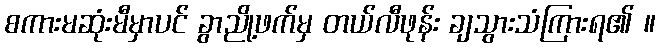
စကားမဆုံးမီမှာပင် ခွာညို့ဖက်မှ တယ်လီဖုန်း ချသွားသံကြားရ၏ ။